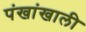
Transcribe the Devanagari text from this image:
पंखांखाली